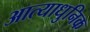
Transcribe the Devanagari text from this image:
आत्याधुनिक